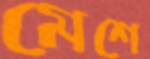
মেশে